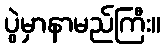
ပွဲမှာနာမည်ကြီး။